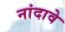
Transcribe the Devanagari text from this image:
नांदावे